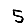
Digit: 5